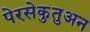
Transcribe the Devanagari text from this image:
पेरसेकुतुअन